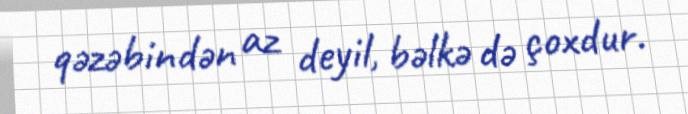
qəzəbindən az deyil, bəlkə də çoxdur.